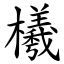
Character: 㰕